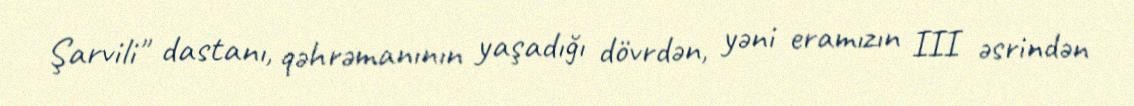
Şarvili" dastanı, qəhrəmanının yaşadığı dövrdən, yəni eramızın III əsrindən